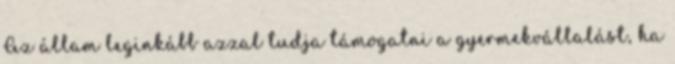
Az állam leginkább azzal tudja támogatni a gyermekvállalást, ha